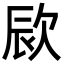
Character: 㰮